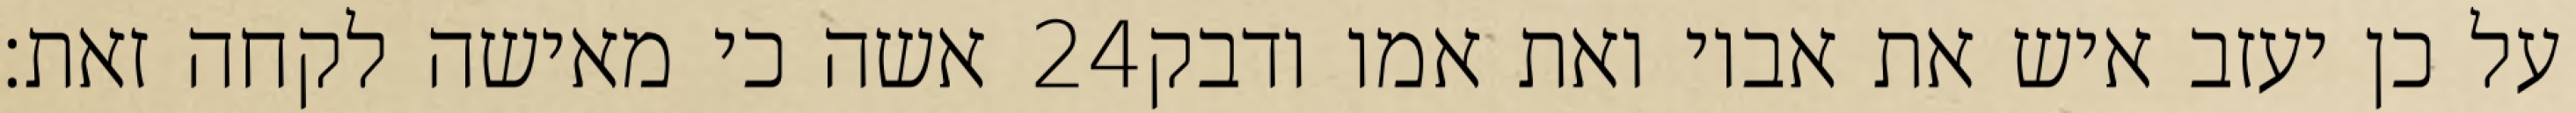
אשה כי מאישה לקחה זאת׃ ‎24‏ על כן יעזב איש את אביו ואת אמו ודבק